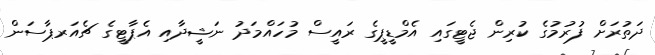
ދަތުރަށް ފުރުމުގެ ކުރިން ޖެޓީގައި އެމްޑީޕީގެ ރައީސް މުހައްމަދު ނަޝީދާއި އެޕާޓީގެ ޗެއަރޕާސަން